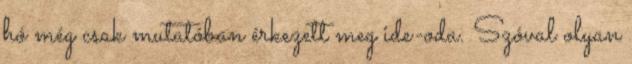
hó még csak mutatóban érkezett meg ide-oda. Szóval olyan